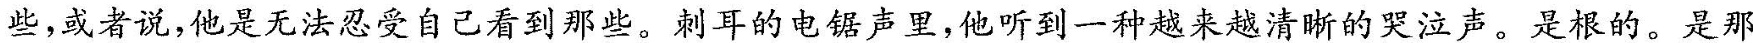
些，或者说，他是无法忍受自己看到那些。刺耳的电锯声里，他听到一种越来越清晰的哭泣声。是根的。是那些